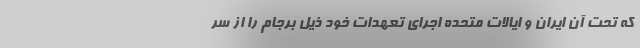
که تحت آن ایران و ایالات متحده اجرای تعهدات خود ذیل برجام را از سر